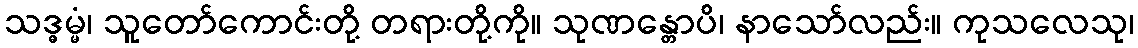
သဒ္ဓမ္မံ၊ သူတော်ကောင်းတို့ တရားတို့ကို။ သုဏန္တောပိ၊ နာသော်လည်း။ ကုသလေသု၊